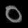
Digit: ၀